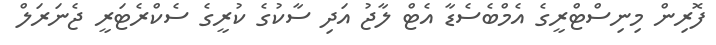
ފޮރިން މިނިސްޓްރީގެ އެމްބެސެޑާ އެޓް ލާޖު އަދި ސާކުގެ ކުރީގެ ސެކްރެޓަރީ ޖެނަރަލް